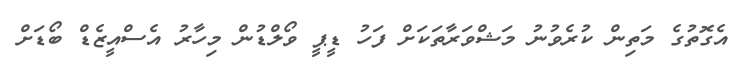
އެގޮތުގެ މަތިން ކުރެވުނު މަޝްވަރާތަކަށް ފަހު ޑީޕީ ވޯލްޑުން މިހާރު އެސްއީޒެޑް ބޯޑަށް